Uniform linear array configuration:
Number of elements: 12
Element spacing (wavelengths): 1
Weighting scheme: kaiser
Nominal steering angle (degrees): -60
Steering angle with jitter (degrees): -60.997
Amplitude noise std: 0.05
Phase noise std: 0.05

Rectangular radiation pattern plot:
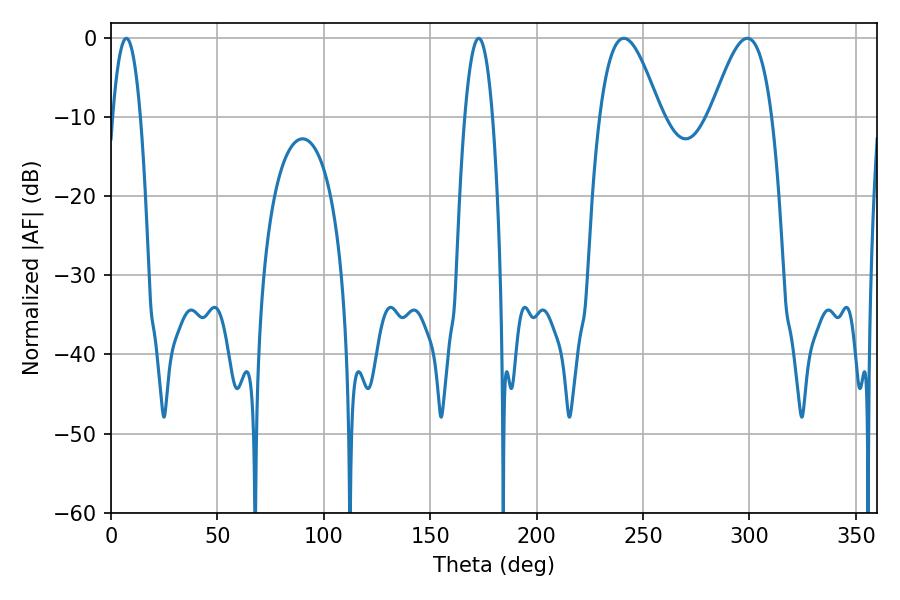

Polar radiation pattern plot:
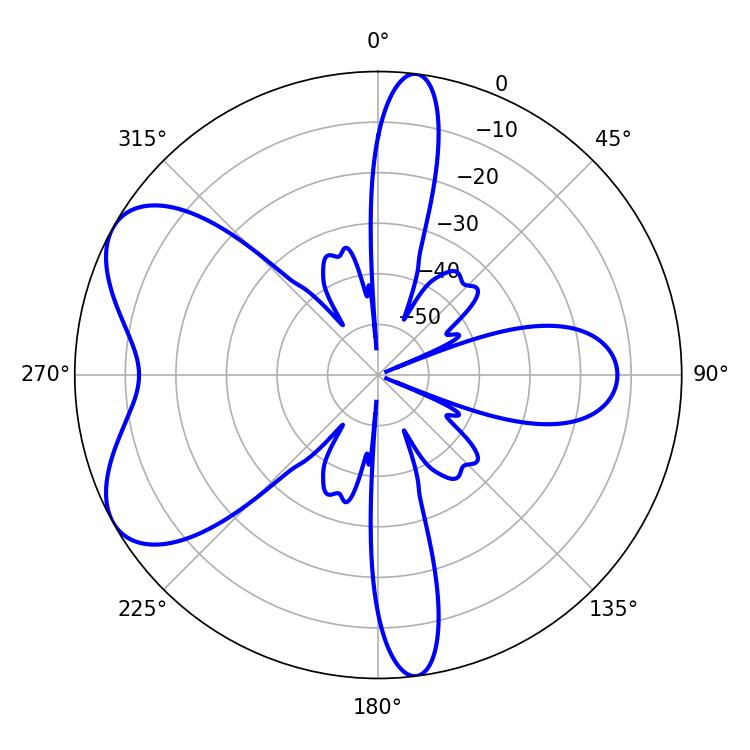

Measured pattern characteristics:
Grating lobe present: TRUE
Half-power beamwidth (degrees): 7.2
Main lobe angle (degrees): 7.2